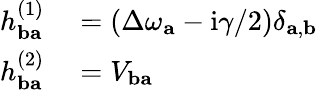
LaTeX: \begin{array}{rl}{h_{\mathbf{ba}}^{(1)}}&{{}=(\Delta\omega_{\mathbf{a}}-\mathrm{i}\gamma/2)\delta_{\mathbf{a},\mathbf{b}}}\\ {h_{\mathbf{ba}}^{(2)}}&{{}=V_{\mathbf{ba}}}\end{array}